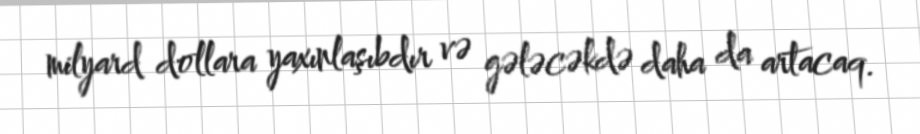
milyard dollara yaxınlaşıbdır və gələcəkdə daha da artacaq.